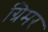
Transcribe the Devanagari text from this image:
ग्रिमर